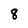
Character: 8